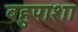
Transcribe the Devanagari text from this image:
बहुपाशा